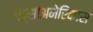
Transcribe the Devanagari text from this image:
पेप्सीअमेरिकास